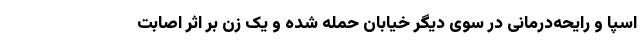
اسپا و رایحه‌درمانی در سوی دیگر خیابان حمله شده و یک زن بر اثر اصابت